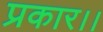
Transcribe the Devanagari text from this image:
प्रकार।।